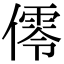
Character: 𠏡